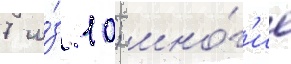
7 и́з 10; мно́г'ие